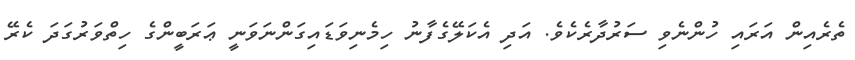
ތެރެއިން އަރައި ހުންނެވި ސަރުދާރެކެވެ. އަދި އެކަލޭގެފާނު ހިމެނިވަޑައިގަންނަވަނީ ޢަރަބީންގެ ހިތްވަރުގަދަ ކެރޭ